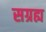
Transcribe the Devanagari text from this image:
सग्रह्य